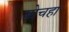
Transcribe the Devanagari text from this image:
बोचहा